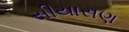
સીયાસણ